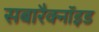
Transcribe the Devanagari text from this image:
सबारैक्नॉइड